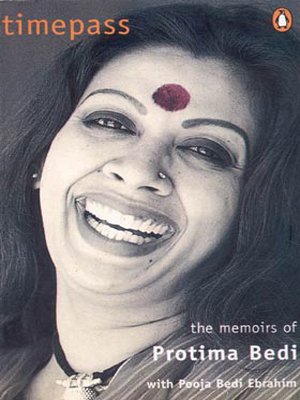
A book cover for Timepass: The Memoirs of Protima Bedi; Protima Bedi; Biographies & Memoirs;